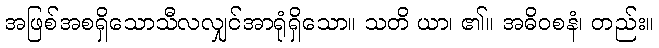
အဖြစ်အစရှိသောသီလလျှင်အာရုံရှိသော။ သတိ ယာ၊ ၏။ အဓိဝစနံ၊ တည်း။